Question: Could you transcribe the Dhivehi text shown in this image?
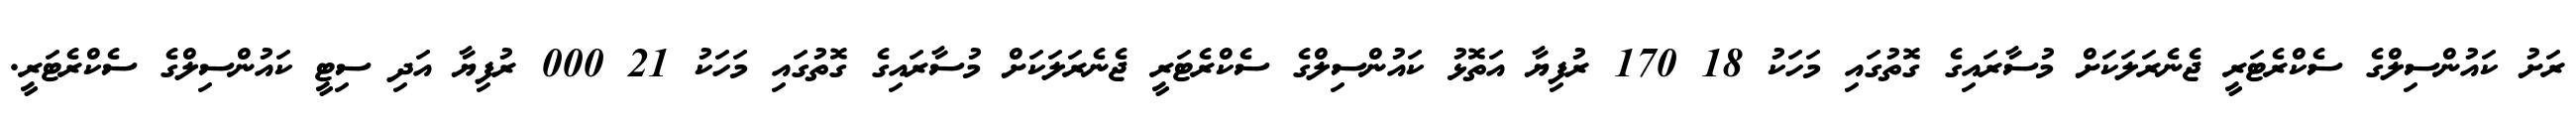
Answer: ރަށު ކައުންސިލްގެ ސެކްރެޓަރީ ޖެނެރަލަކަށް މުސާރައިގެ ގޮތުގައި މަހަކު 18 170 ރުފިޔާ އަތޮޅު ކައުންސިލްގެ ސެކްރެޓަރީ ޖެނެރަލަކަށް މުސާރައިގެ ގޮތުގައި މަހަކު 21 000 ރުފިޔާ އަދި ސިޓީ ކައުންސިލްގެ ސެކްރެޓަރީ.